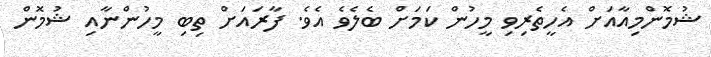
ޝުމޮންމިއާއަށް އެހީތެރިވި މީހުން ކަމަށް ބެލެވެ އެވެ. ފާރައަށް ތިބި މީހުންނާއި ޝުމޮން